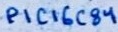
Text: PIC16C84